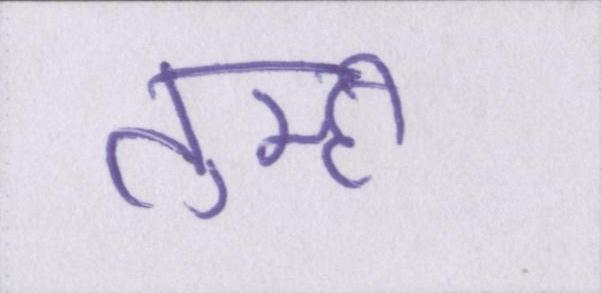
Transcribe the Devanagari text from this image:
तुम्ही